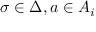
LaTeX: \sigma \in \Delta , a \in A _ { i }